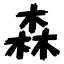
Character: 森